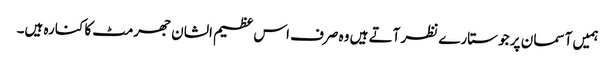
ہمیں آسما ن پر جو ستارے نظر آتے ہیں وہ صرف اس عظیم الشان جھرمٹ کا کنارہ ہیں۔